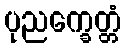
ပုညက္ခေတ္တံ